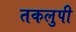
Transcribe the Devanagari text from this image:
तकलुपी